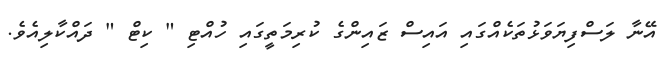
އޭނާ ލަސްފިޔަވަޅުތަކެއްގައި އައިސް ޒައިންގެ ކުރިމަތީގައި ހުއްޓި " ކިޓް " ދައްކާލިއެވެ.